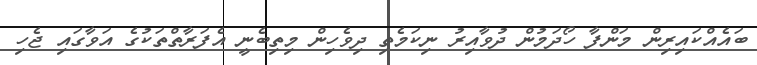
ބައެއްކައިރިން މަންފާ ހޯދަމުން ދުވާއިރު ނިކަމެތި ދިވެހިން މިތިބެނީ އެފަރާތްތަކުގެ އަވާގައި ޖެހި